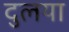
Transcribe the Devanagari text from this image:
दुलया